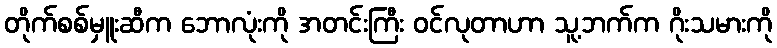
တိုက်စစ်မှူးဆီက ဘောလုံးကို အတင်းကြီး ဝင်လုတာဟာ သူ့ဘက်က ဂိုးသမားကို